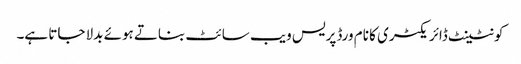
کونٹینٹ ڈائریکٹری کا نام ورڈپریس ویب سائٹ بناتے ہوئے بدلا جاتا ہے۔